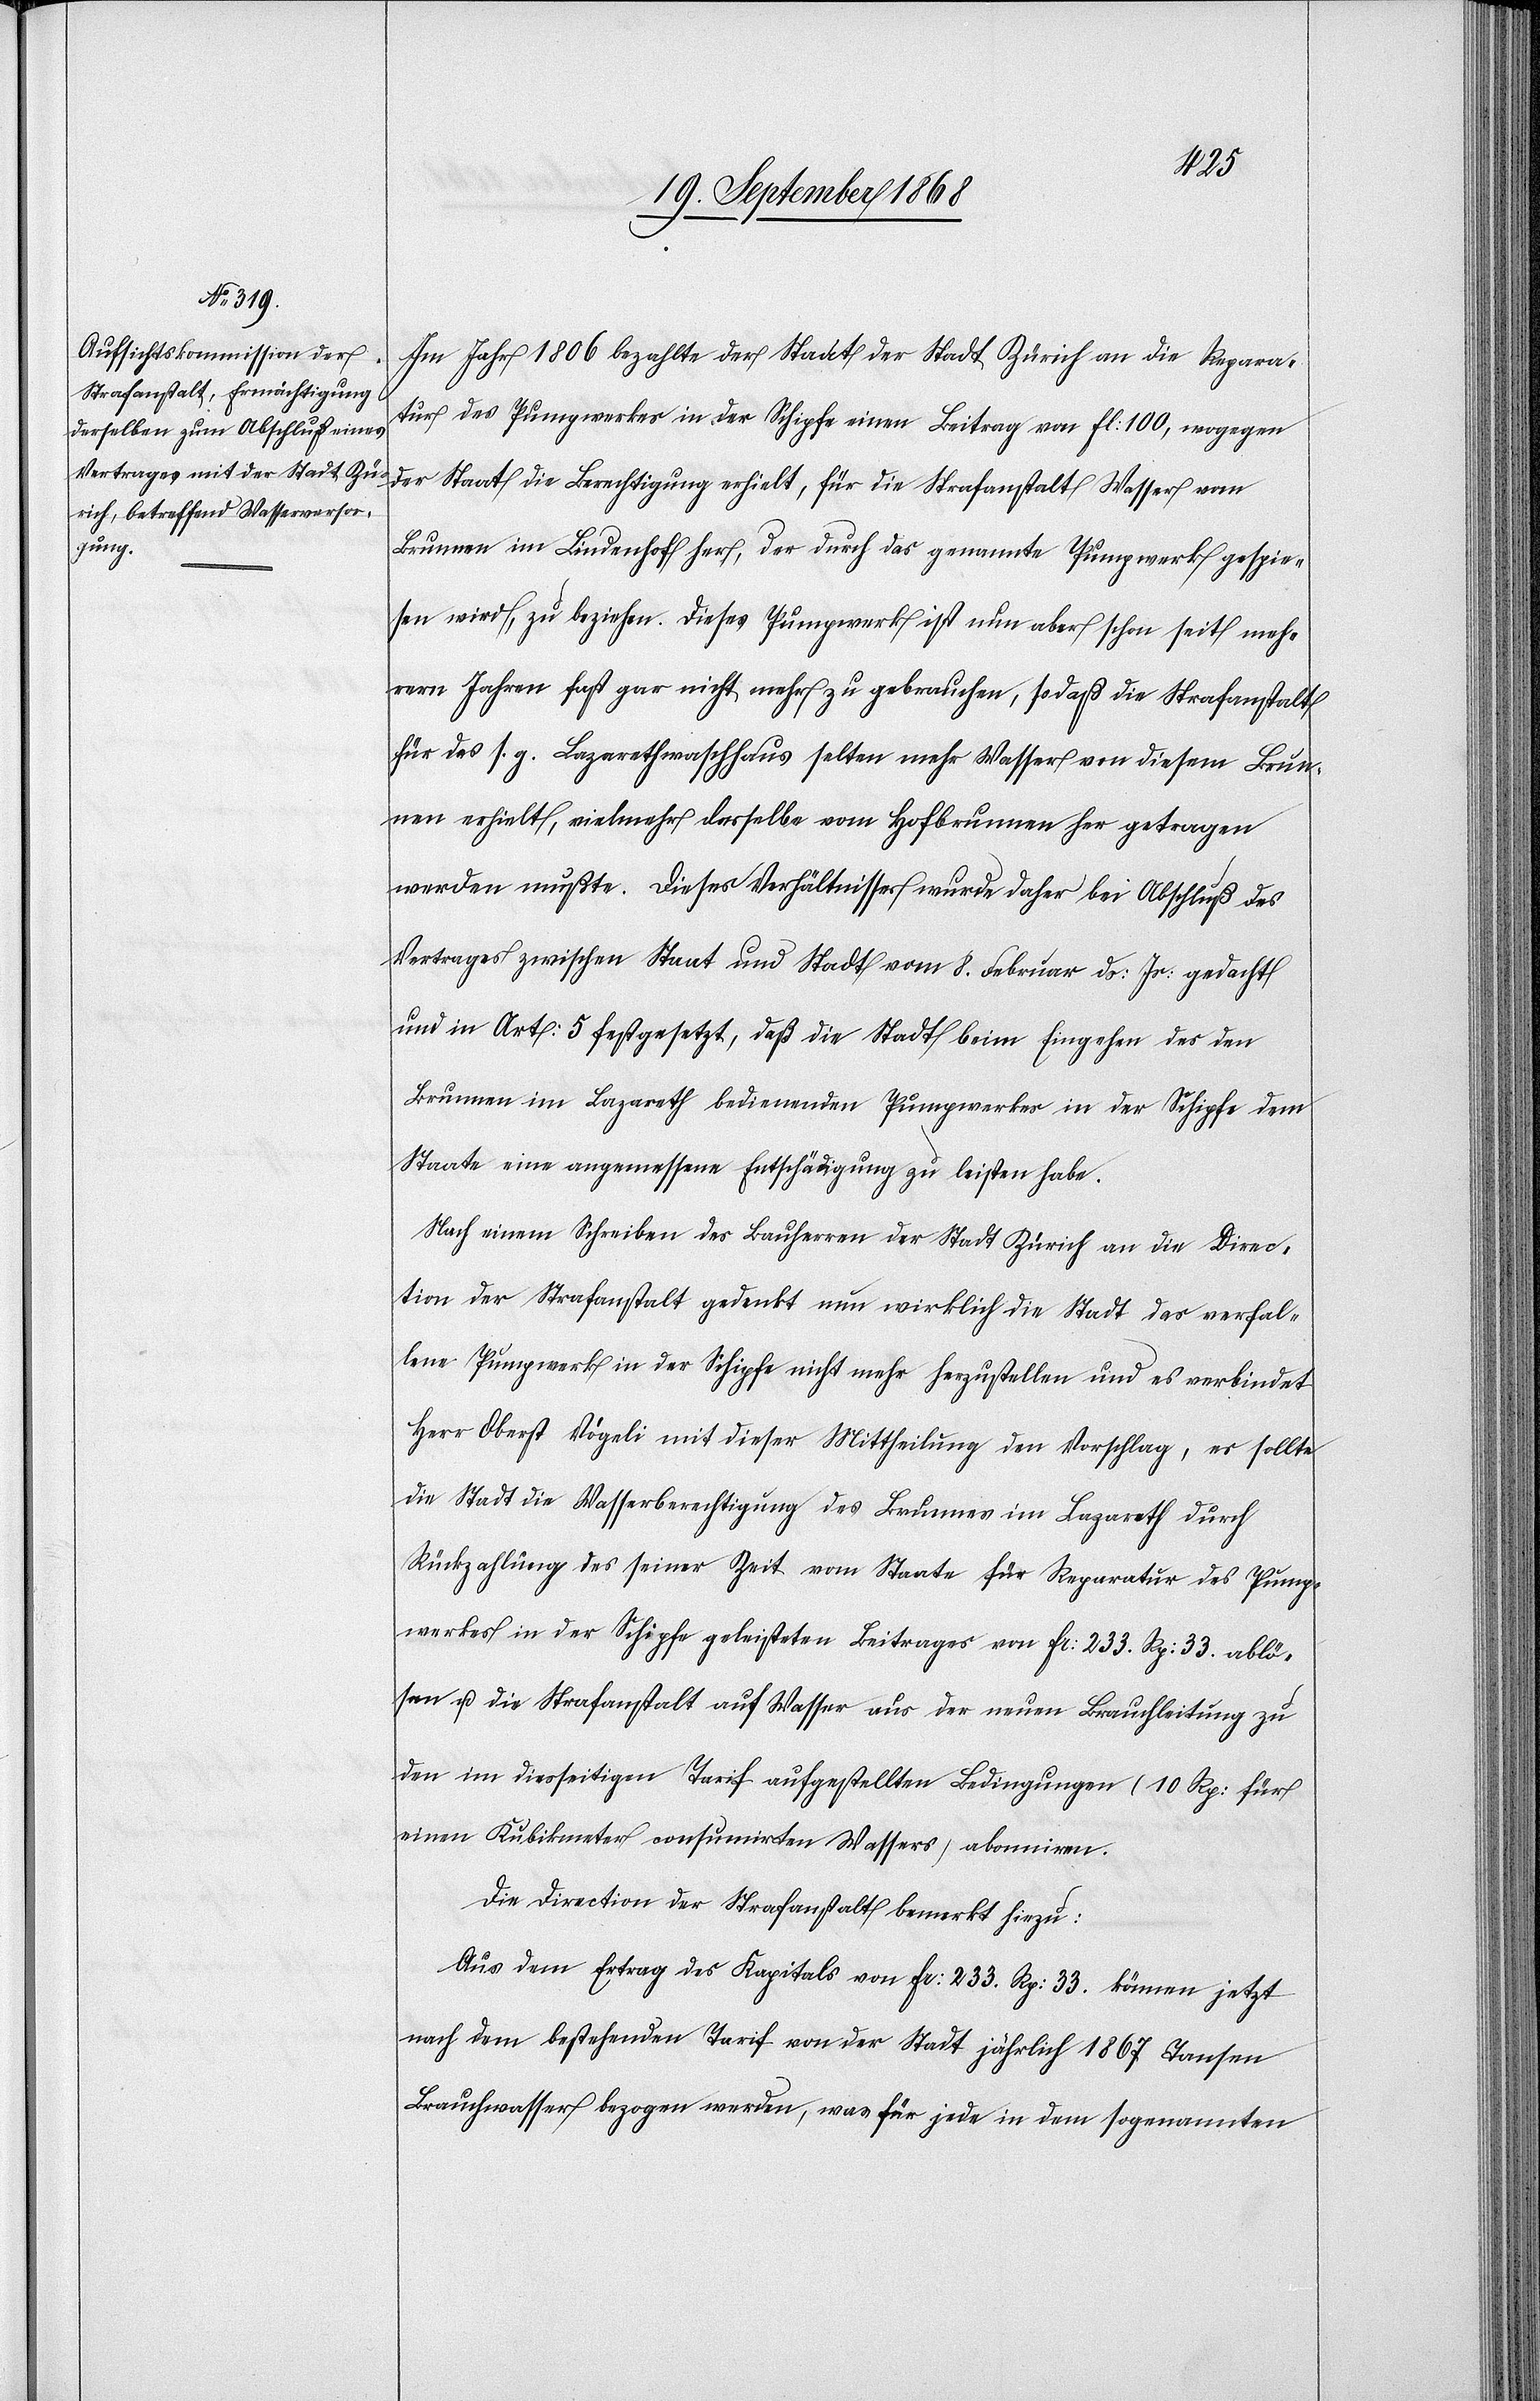
Im Jahr 1806 bezahlte der Staat der Stadt Zürich an die Repara¬
tur des Pumpwerkes in der Schipfe einen Beitrag von fl: 100, wogegen
der Staat die Berechtigung erhielt, für die Strafanstalt Wasser vom
Brunnen im Lindenhof her, der durch das genannte Pumpwerk gespie¬
sen wird, zu beziehen. Dieses Pumpwerk ist nun aber schon seit meh¬
rern Jahren fast gar nicht mehr zu gebrauchen, so daß die Strafanstalt
für das s. g. Lazarethwaschhaus selten mehr Wasser von diesem Brun¬
nen erhielt, vielmehr dasselbe vom Hofbrunnen her getragen
werden mußte. Dieses Verhältnisses wurde daher bei Abschluß des
Vertrages zwischen Staat und Stadt vom 8. Februar ds: Js: gedacht
und in Art: 5 festgesetzt, daß die Stadt beim Eingehen des den
Brunnen im Lazareth bedienenden Pumpwerkes in der Schipfe dem
Staate eine angemessene Entschädigung zu leisten habe.
Nach einem Schreiben des Bauherren der Stadt Zürich an die Direc¬
tion der Strafanstalt gedenkt nun wirklich die Stadt das verfal¬
lene Pumpwerk in der Schipfe nicht mehr herzustellen und es verbindet
Herr Oberst Vögeli mit dieser Mittheilung den Vorschlag, es sollte
die Stadt die Wasserberechtigung des Brunne[n]s im Lazareth durch
Rückzahlung des seiner Zeit vom Staate für Reparatur des Pump¬
werkes in der Schipfe geleisteten Beitrages von Fr: 233. Rp: 33. ablö¬
sen u. die Strafanstalt auf Wasser aus der neuen Brauchleitung zu
den im diesseitigen Tarif aufgestellten Bedingungen (10 Rp: für
einen Kubikmeter consumirten Wassers) abonniren.
Die Direction der Strafanstalt bemerkt hiezu:
Aus dem Ertrag des Kapitals von Fr: 233. Rp: 33. können jetzt
nach dem bestehenden Tarif von der Stadt jährlich 1867 Tansen
Brauchwasser bezogen werden, was für jede in dem sogenannten